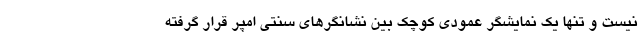
نیست و تنها یک نمایشگر عمودی کوچک بین نشانگرهای سنتی امپر قرار گرفته